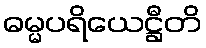
ဓမ္မပရိယေဋ္ဌီတိ